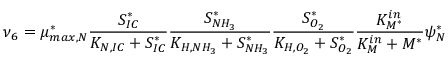
\nu _ { 6 } = \mu _ { m a x , N } ^ { * } \frac { S _ { I C } ^ { * } } { K _ { N , I C } + S _ { I C } ^ { * } } \frac { S _ { N H _ { 3 } } ^ { * } } { K _ { H , N H _ { 3 } } + S _ { N H _ { 3 } } ^ { * } } \frac { S _ { O _ { 2 } } ^ { * } } { K _ { H , O _ { 2 } } + S _ { O _ { 2 } } ^ { * } } \frac { K _ { M ^ { * } } ^ { i n } } { K _ { M } ^ { i n } + M ^ { * } } \psi _ { N } ^ { * }